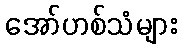
အော်ဟစ်သံများ